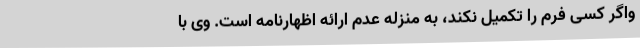
واگر کسی فرم را تکمیل نکند، به منزله عدم ارائه اظهارنامه است. وی با